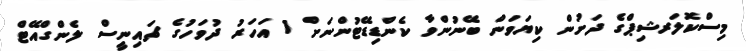
މިސްކޮލަރޝިޕްގެ ދަށުން ކިޔަވަން ބޭނުންވާ ކެންޑިޑޭޓުންނަށް 1 އަހަރު ދުވަހުގެ ޗައިނީސް ލެންގްއޭޓް